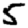
Digit: 5